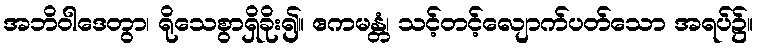
အဘိဝါဒေတွာ၊ ရိုသေစွာရှိခိုး၍။ ဧကမန္တံ၊ သင့်တင့်လျောက်ပတ်သော အရပ်၌။